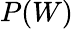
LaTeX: P(W)